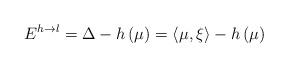
LaTeX: \begin{align*}E^{h\rightarrow l}=\Delta -h\left( \mu \right) =\left\langle \mu,\xi \right\rangle -h\left( \mu \right) \end{align*}